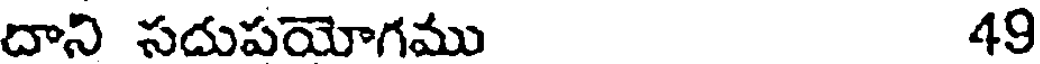
దాని సదుపయోగము 49